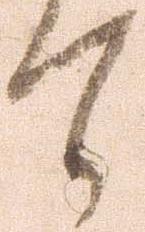
て